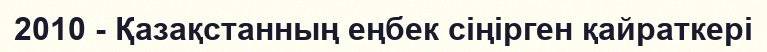
2010 - Қазақстанның еңбек сіңірген қайраткері